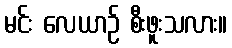
မင်း လေယာဉ် စီးဖူးသလား။